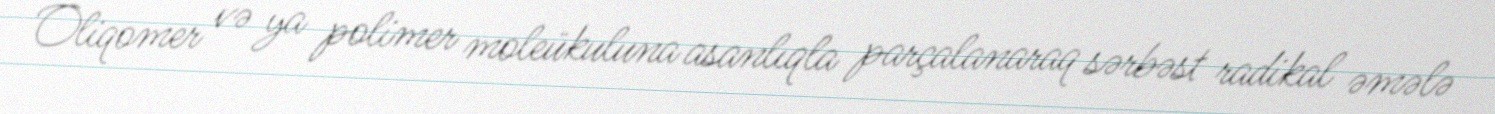
Oliqomer və ya polimer moleükuluna asanlıqla parçalanaraq sərbəst radikal əmələ